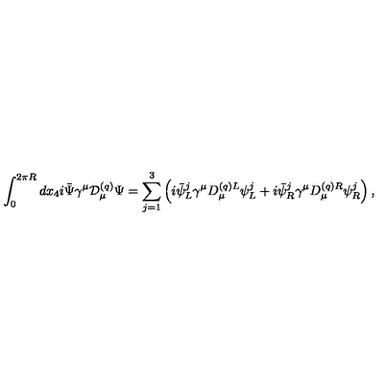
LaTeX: \int _ { 0 } ^ { 2 \pi R } d x _ { 4 } i \bar { \Psi } \gamma ^ { \mu } { \cal D } _ { \mu } ^ { ( q ) } \Psi = \sum _ { j = 1 } ^ { 3 } \left( i \bar { \psi } _ { L } ^ { j } \gamma ^ { \mu } D _ { \mu } ^ { ( q ) L } \psi _ { L } ^ { j } + i \bar { \psi } _ { R } ^ { j } \gamma ^ { \mu } D _ { \mu } ^ { ( q ) R } \psi _ { R } ^ { j } \right) ,